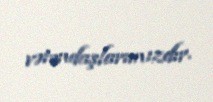
vətəndaşlarımızdır.